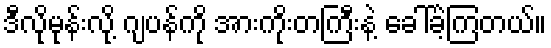
ဒီလိုမုန်းလို့ ဂျပန်ကို အားကိုးတကြီးနဲ့ ခေါ်ခဲ့ကြတယ်။